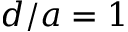
d / a = 1